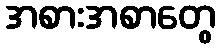
အစားအစာတွေ